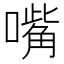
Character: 嘴